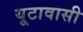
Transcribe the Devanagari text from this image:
यूटावासी